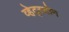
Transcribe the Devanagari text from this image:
व्हेट्स्टोन